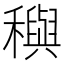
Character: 穥